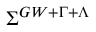
\Sigma ^ { G W + \Gamma + \Lambda }